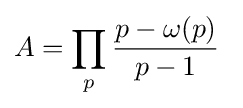
A=\prod \limits _{p}{\frac {p-\omega (p)}{p-1}}~